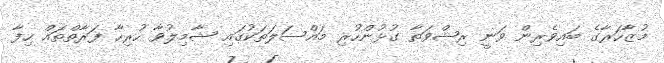
މުޒާހަރާގެ ބައިވެރިން ވަނީ ރިޝްވަތާ ގުޅުންހުރި މައްސަލަތަކުގައި ޝާމިލުވާ ހުރިހާ ފަރާތްތައް ހިފާ